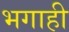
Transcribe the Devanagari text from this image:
भगाही